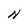
Character: N